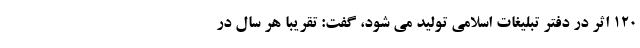
۱۲۰ اثر در دفتر تبلیغات اسلامی تولید می شود، گفت: تقریباً هر سال در